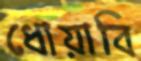
ধোয়াবি